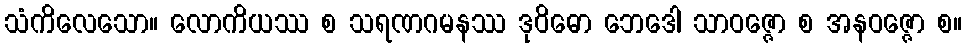
သံကိလေသော။ လောကိယဿ စ သရဏဂမနဿ ဒုဝိဓော ဘေဒေါ သာဝဇ္ဇော စ အနဝဇ္ဇော စ။